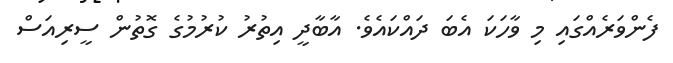
ފެންވަރެއްގައި މި ވާހަކަ އެބަ ދައްކައެވެ. އާބާދީ އިތުރު ކުރުމުގެ ގޮތުން ސީރިއަސް